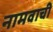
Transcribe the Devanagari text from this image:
नामवाची